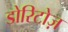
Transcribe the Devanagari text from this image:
डोरिटोज़